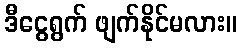
ဒီငွေရွက် ဖျက်နိုင်မလား။